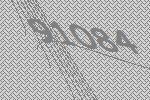
91084